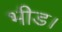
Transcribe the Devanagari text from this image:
भीड।